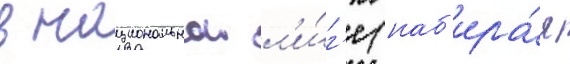
в национальнои л'и́г'е (наб'ира́я